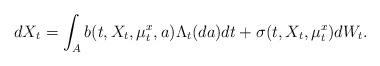
LaTeX: \begin{align*}dX_t = \int_Ab(t,X_t,\mu^x_t,a)\Lambda_t(da)dt + \sigma(t,X_t,\mu^x_t)dW_t. \end{align*}